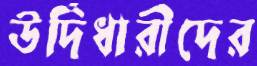
উর্দিধারীদের